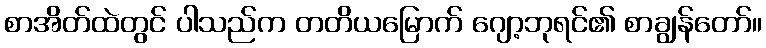
စာအိတ်ထဲတွင် ပါသည်က တတိယမြောက် ဂျော့ဘုရင်၏ စာချွန်တော်။